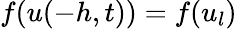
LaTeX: f(u(-h,t))=f(u_{l})